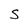
Character: S